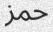
حمز